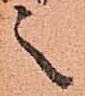
之